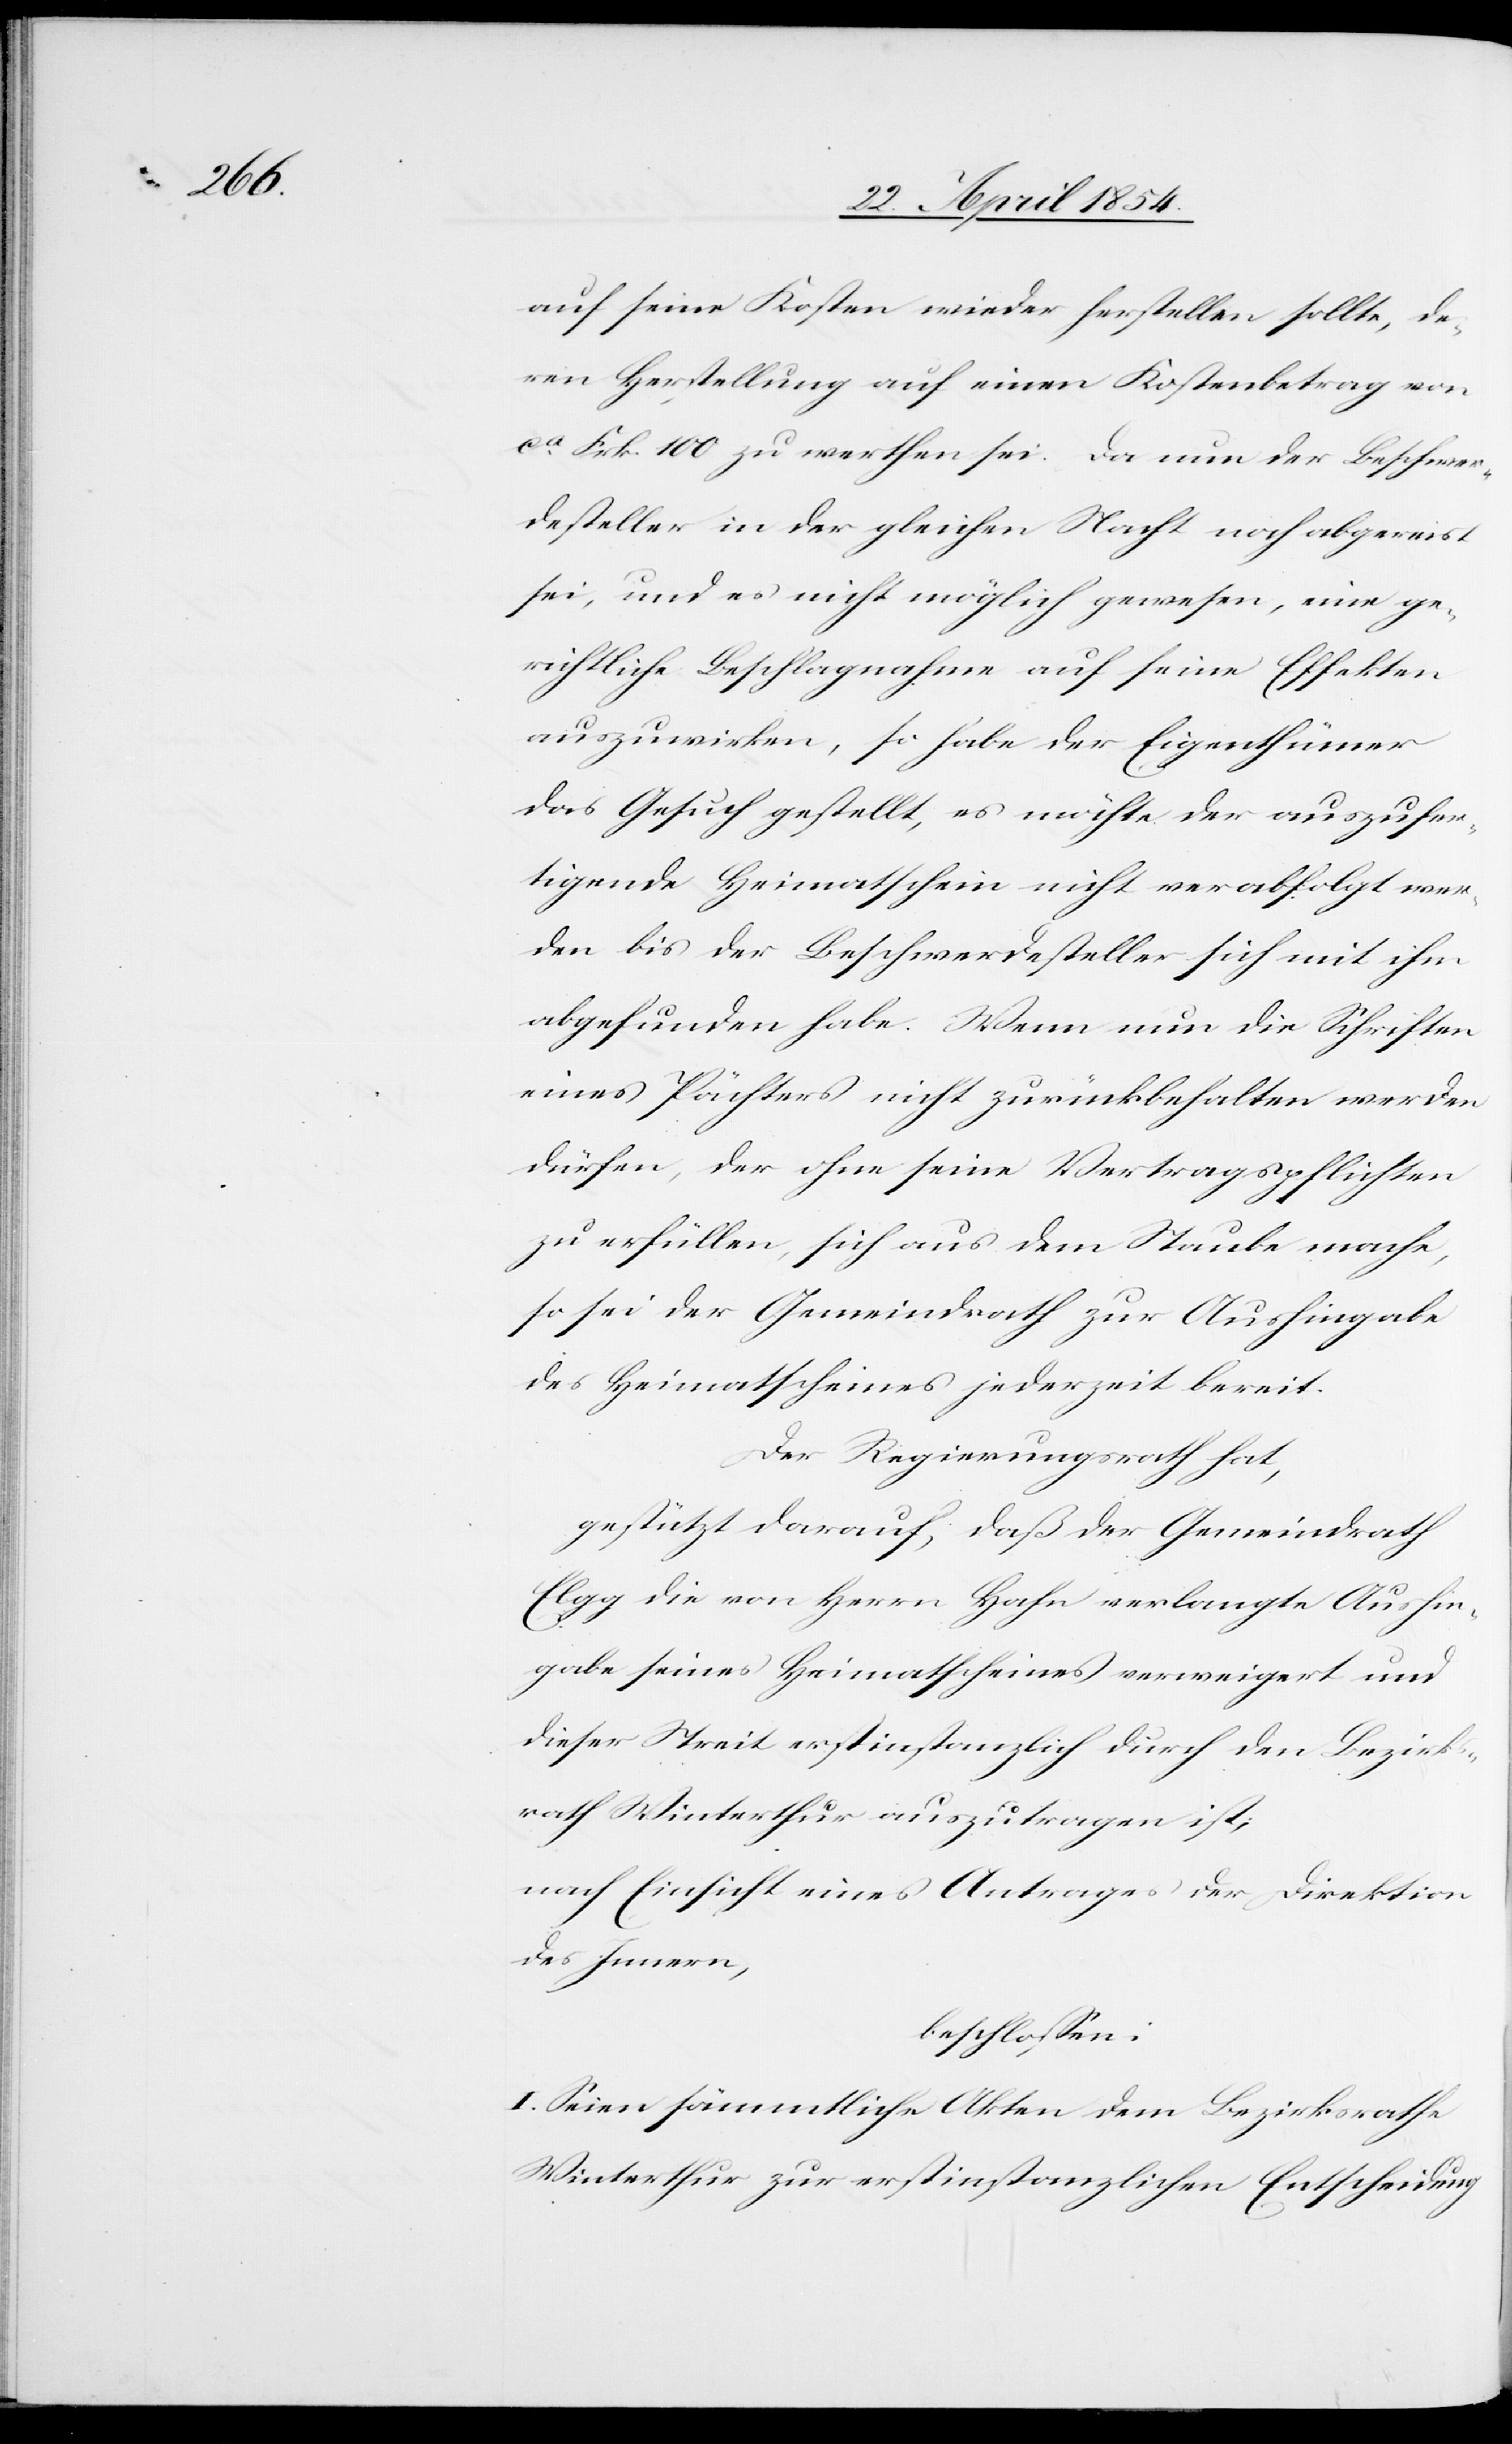
auf seine Kosten wieder herstellen sollte, de¬
ren Herstellung auf einen Kostenbetrag von
ca Frk. 100 zu werthen sei. Da nun der Beschwer¬
desteller in der gleichen Nacht noch abgereist
sei, und es nicht möglich gewesen, eine ge¬
richtliche Beschlagnahme auf seine Effekten
auszuwirken, so habe der Eigenthümer
das Gesuch gestellt, es möchte der auszufer¬
tigende Heimatschein nicht verabfolgt wer¬
den bis der Beschwerdesteller sich mit ihm
abgefunden habe. Wenn nun die Schriften
eines Pächters nicht zurückbehalten werden
dürfen, der ohne seine Vertragspflichten
zu erfüllen, sich aus dem Staube mache,
so sei der Gemeindrath zur Aushingabe
des Heimatscheines jederzeit bereit.
Der Regierungsrath hat,
gestützt darauf, daß der Gemeindrath
Elgg die von Herrn Hahn verlangte Aushin¬
gabe seines Heimatscheines verweigert und
dieser Streit erstinstanzlich durch den Bezirks¬
rath Winterthur auszutragen ist;
nach Einsicht eines Antrages der Direktion
des Innern,
beschloßen:
I. Seien sämmtliche Akten dem Bezirksrathe
Winterthur zur erstinstanzlichen Entscheidung